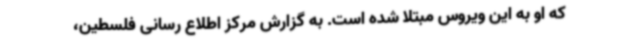
که او به این ویروس مبتلا شده است. به گزارش مرکز اطلاع رسانی فلسطین،